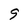
Character: 9